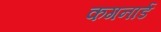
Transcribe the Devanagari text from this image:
कगनार्ड